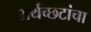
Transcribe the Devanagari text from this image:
अर्थच्‍छटांचा